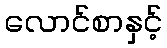
လောင်စာနှင့်